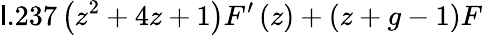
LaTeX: \mathsf{l}.237\left(z^{2}+4z+1\right)F^{\prime}\left(z\right)+\left(z+g-1\right)F